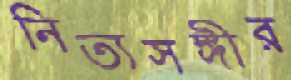
নিত্যসঙ্গীর